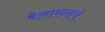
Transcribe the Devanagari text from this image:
बेलारुसचे